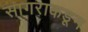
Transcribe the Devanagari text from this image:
सागराकडून